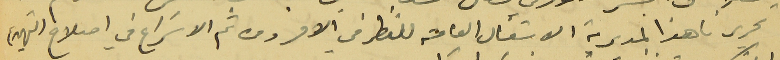
تحريرنا هذا لمديرية الاشغال العامة للنظر في الامر ومن ثم الاسَراع في اصلاح التهديم